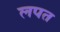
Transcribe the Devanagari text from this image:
लपत